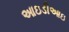
આઇડીઆઇ